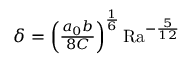
\begin{array} { r } { \delta = \left( \frac { a _ { 0 } b } { 8 C } \right) ^ { \frac { 1 } { 6 } } \mathrm { { R a } } ^ { - \frac { 5 } { 1 2 } } } \end{array}